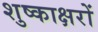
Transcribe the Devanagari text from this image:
शुष्काक्षरों